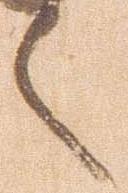
言